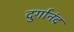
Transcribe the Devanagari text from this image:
दुर्गानंद